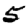
Digit: 5